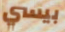
بيسي